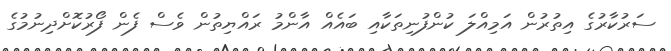
ސަރުކާރުގެ އިތުރުން އަމިއްލަ ކުންފުނިތަކާއި ބައެއް އާންމު ރައްޔިތުން ވެސް ފެން ފޯރުކޮށްދިނުމުގެ